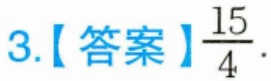
3.【答案】\(\frac{15}{4}\).